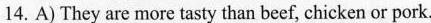
14. A)They are more tasty than beef, chicken or pork.